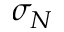
\sigma _ { N }